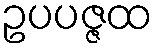
ဥပပဇ္ဇထ